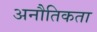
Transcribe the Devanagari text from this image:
अनौतिकता